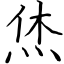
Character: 烋